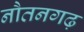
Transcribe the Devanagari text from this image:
नौतनगढ़